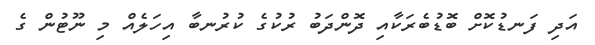
އަދި ފަނޑުކޮށް ބޮޑުބެރަކާއި ދޮންދަބު ރުކުގެ ކުރުނބާ އިހަލެއް މި ނޫޓުން ގެ